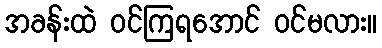
အခန်းထဲ ဝင်ကြရအောင် ဝင်မလား။